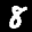
Label: 8